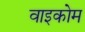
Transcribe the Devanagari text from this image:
वाइकोम